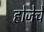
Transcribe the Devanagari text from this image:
होजेचे